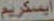
ايسكريم